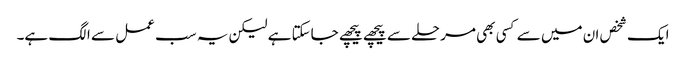
ایک شخص ان میں سے کسی بھی مرحلے سے پیچھے پیچھے جاسکتا ہے لیکن یہ سب عمل سے الگ ہے۔